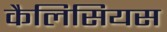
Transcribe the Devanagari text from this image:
कैलिसियस